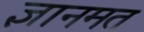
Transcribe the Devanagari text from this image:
ज्ञानमत